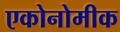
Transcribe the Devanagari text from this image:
एकोनोमीक